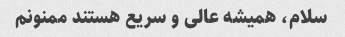
سلام، همیشه عالی و سریع هستند ممنونم